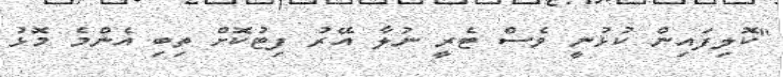
"ކޮލިފައިން ކުޅުނީ ވެސް ޓެރީ ނުލާ އޭރު ފިޓުކޮށް ތިބި އެންމެ މޮޅު